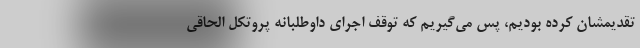
تقدیمشان کرده بودیم، پس می‌گیریم که توقف اجرای داوطلبانه پروتکل الحاقی